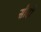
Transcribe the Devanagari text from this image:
सौदो